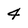
Character: 4